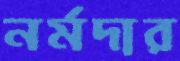
নর্মদার